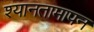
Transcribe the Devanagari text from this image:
श्यानतामापन